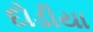
દોડીયા